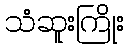
သံဆူးကြိုး